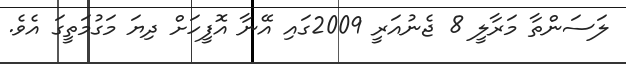
ލަސަންތާ މަރާލީ 8 ޖެނުއަރީ 2009ގައި އޭނާ އޮފީހަށް ދިޔަ މަގުމަތީގަ އެވެ.